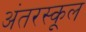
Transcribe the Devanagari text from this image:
अंतरस्कूल